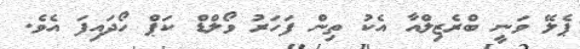
ޕެލޭ ވަނީ ބްރެޒިލްއާ އެކު ތިން ފަހަރު ވޯލްޑް ކަޕް ހޯދައިފަ އެވެ.